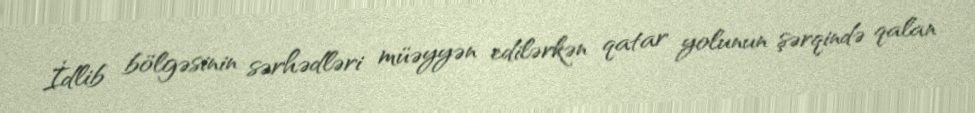
İdlib bölgəsinin sərhədləri müəyyən edilərkən qatar yolunun şərqində qalan